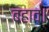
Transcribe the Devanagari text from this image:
बहाव।